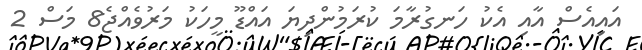
އައިއެސް އާއި އެކު ހަނގުރާމަ ކުރަމުންދިޔަ އައްޑޫ މީހަކު މަރުވެއްޖެ8 މަސް 2